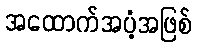
အထောက်အပံ့အဖြစ်